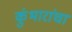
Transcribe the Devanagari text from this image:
कुंभारांचा